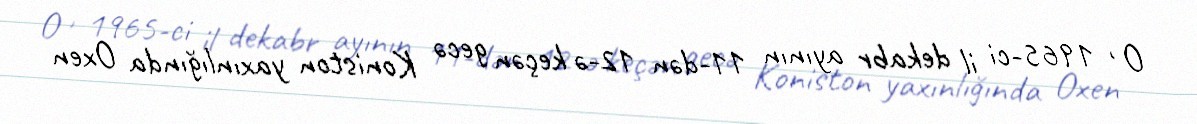
O , 1965-ci il dekabr ayının 11-dən 12-ə keçən gecə Koniston yaxınlığında Oxen